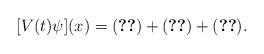
LaTeX: \begin{align*}[V(t)\psi](x)=\eqref{va1}+\eqref{va2}+\eqref{va3}.\end{align*}